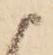
候